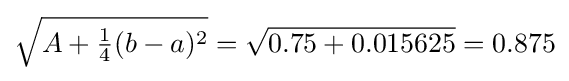
{\sqrt {A+{\tfrac {1}{4}}(b-a)^{2}}}={\sqrt {0.75+0.015625}}=0.875